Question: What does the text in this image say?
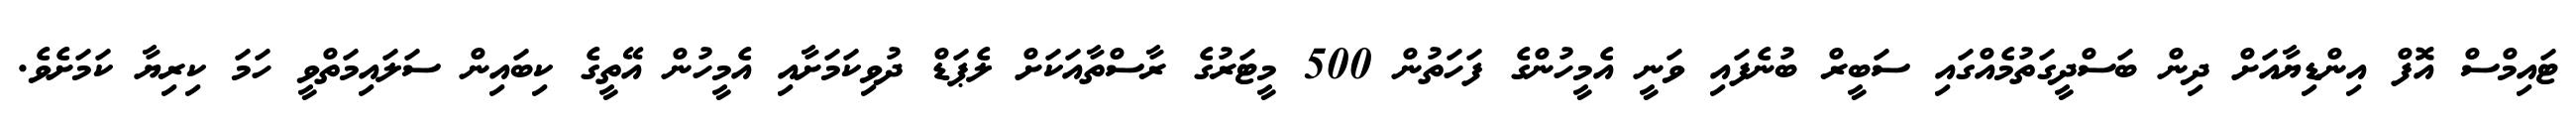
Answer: ޓައިމްސް އޮފް އިންޑިޔާއަށް ދިން ބަސްދީގަތުމެއްގައި ސަބީރް ބުނެފައި ވަނީ އެމީހުންގެ ފަހަތުން 500 މީޓަރުގެ ރާސްތާއަކަށް ލެޕަޑް ދުވިކަމަށާއި އެމީހުން އޭތީގެ ކިބައިން ސަލައިމަތްވީ ހަމަ ކިރިޔާ ކަމަށެވެ.